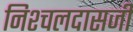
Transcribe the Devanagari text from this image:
निश्चलदासजी